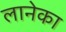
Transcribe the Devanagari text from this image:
लानेका